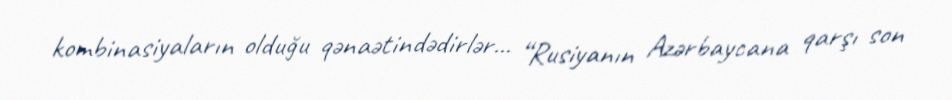
kombinasiyaların olduğu qənaətindədirlər... “Rusiyanın Azərbaycana qarşı son